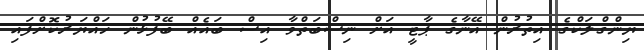
ޔިންގްލަކްގެ އިތުރުން އޭނާގެ ޕާޓީ އަށް ނިސްބަތްވާ އިސް ބައެއް ބޭފުޅުން ހައްޔަރުކޮށްފައި